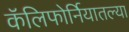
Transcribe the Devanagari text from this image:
कॅलिफोर्नियातल्या